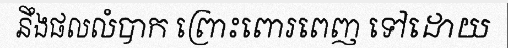
នឹងផលលំបាក ព្រោះពោរពេញ ទៅដោយ